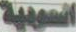
السومية